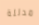
مدللة